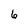
Character: 6